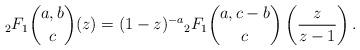
LaTeX: \begin{align*}_{2}F_{1}\binom{a,b}{c}(z)=(1-z)^{-a}{_{2}F_{1}}\binom{a,c-b}{c}\left(\frac{z}{z-1}\right).\end{align*}